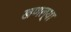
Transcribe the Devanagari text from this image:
खणल्या